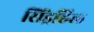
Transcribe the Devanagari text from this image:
सिंड्रहिल